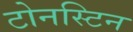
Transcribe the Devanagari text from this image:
टोनस्टिन